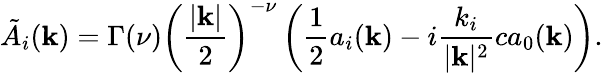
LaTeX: \tilde{A}_{i}({\mathbf k})=\Gamma(\nu)\left({\frac{|{\mathbf k}|}{2}}\right)^{-\nu}\left({\frac{1}{2}}a_{i}({\mathbf k})-i{\frac{k_{i}}{|{\mathbf k}|^{2}}}ca_{0}({\mathbf k})\right).